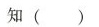
知()